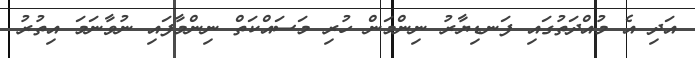
އަދި އެ މުއްދަތުގައި ފަނޑިޔާރު ނިންމަން ހުރި މަސައްކަތް ނިންމާފައި ނުވާނަމަ އިތުރު